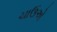
ચાઉએ